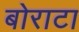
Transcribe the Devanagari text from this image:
बोराटा